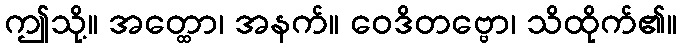
ဤသို့။ အတ္ထော၊ အနက်။ ဝေဒိတဗ္ဗော၊ သိထိုက်၏။